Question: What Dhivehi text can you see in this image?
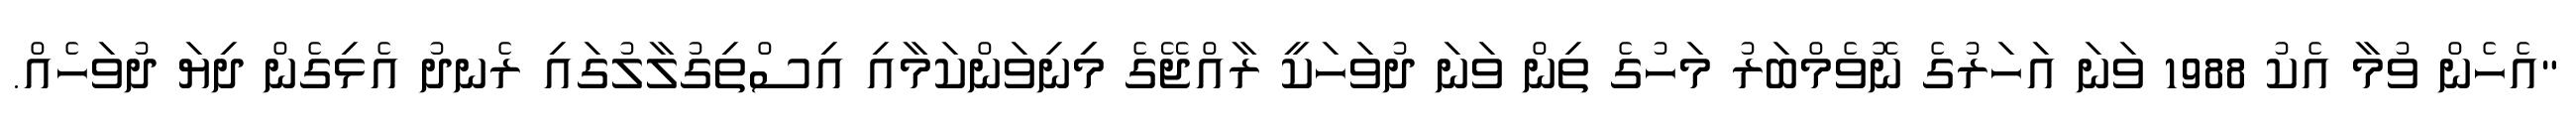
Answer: "އެހެން ވުމާ އެކު 1988 ވަނަ އަހަރުގެ ނޮވެމްބަރު މަހުގެ ތިން ވަނަ ދުވަހަކީ ރާއްޖޭގެ މިިނިވަންކަމާއި އިސްތިގުލާލުގައި ރެނދު އެޅިގެން ދިޔަ ދުވަހެއް.